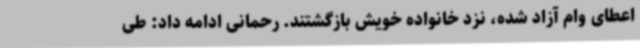
اعطای وام آزاد شده، نزد خانواده خویش بازگشتند. رحمانی ادامه داد: طی